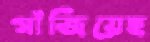
গাঁজিয়েছ